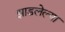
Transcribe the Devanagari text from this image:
झाडलेल्या